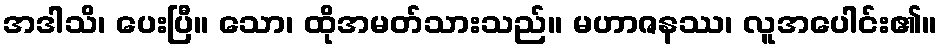
အဒါသိ၊ ပေးပြီ။ သော၊ ထိုအမတ်သားသည်။ မဟာဇနဿ၊ လူအပေါင်း၏။